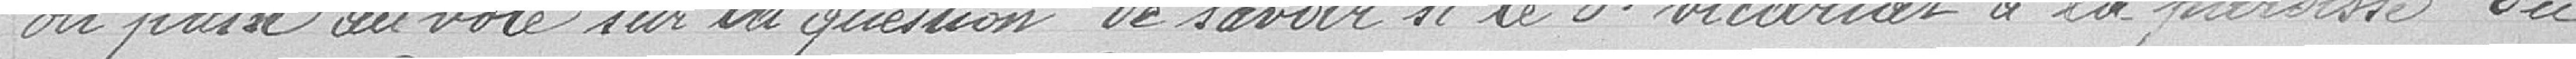
on passe au vote sur la question de savoir si le troisième vicariat à la paroisse du